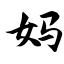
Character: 妈